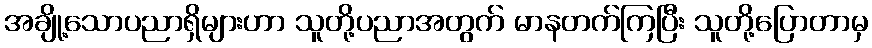
အချို့သောပညာရှိများဟာ သူတို့ပညာအတွက် မာနတက်ကြပြီး သူတို့ပြောတာမှ